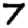
Digit: 7